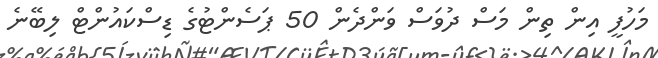
މަހުފީ އިން ތިން މަސް ދުވަސް ވަންދެން 50 ޕަސެންޓުގެ ޑިސްކައުންޓް ލިބޭނެ